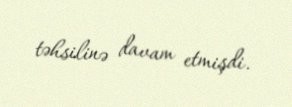
təhsilinə davam etmişdi.